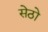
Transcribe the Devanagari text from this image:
सेठो